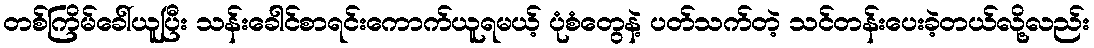
တစ်ကြိမ်ခေါ်ယူပြီး သန်းခေါင်စာရင်းကောက်ယူရမယ့် ပုံစံတွေနဲ့ ပတ်သက်တဲ့ သင်တန်းပေးခဲ့တယ်လို့လည်း